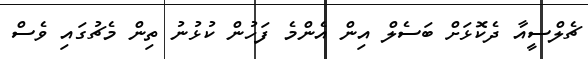
ޗެލްސީއާ ދެކޮޅަށް ބަސެލް އިން އެންމެ ފަހުން ކުޅުނު ތިން މެޗުގައި ވެސް